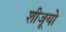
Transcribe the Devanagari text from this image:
शीजूयो